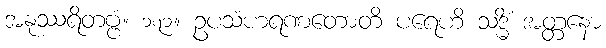
အနုဿရိတဗ္ဗံ။ ၁၇၁။ ဥပသံဟရဏတောတိ ပရေဟိ သဒ္ဓိံ အတ္တနော